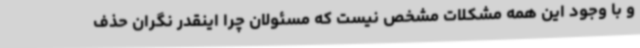
و با وجود این همه مشکلات مشخص نیست که مسئولان چرا اینقدر نگران حذف